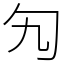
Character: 勼